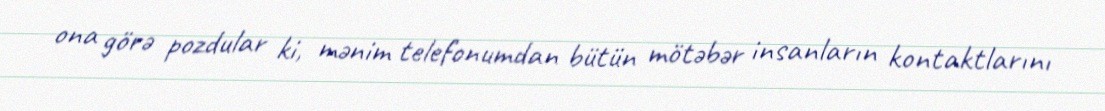
ona görə pozdular ki, mənim telefonumdan bütün mötəbər insanların kontaktlarını